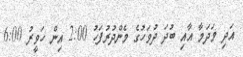
އަދި މަދަމާ އާއި ބުދަ ދުވަހުގެ މެންދުރުފަހު 2:00 އިން ހަވީރު 6:00